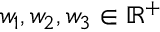
w _ { 1 } , w _ { 2 } , w _ { 3 } \in \mathbb { R } ^ { + }